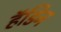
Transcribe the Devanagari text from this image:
हॅडिन